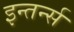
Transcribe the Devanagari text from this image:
इन्तर्न्स